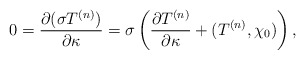
\begin{align*}0={\partial (\sigma T^{(n)})\over \partial \kappa}=\sigma\left({\partial T^{(n)}\over \partial \kappa}+(T^{(n)},\chi_0)\right),\end{align*}